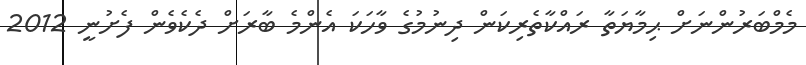
މެމްބަރުންނަށް ޙިމާޔަތާ ރައްކާތެރިކަން ދިނުމުގެ ވާހަކަ އެންމެ ބާރަށް ދެކެވެން ފެށުނީ 2012